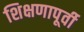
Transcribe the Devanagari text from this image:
शिक्षणापूर्वी